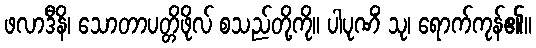
ဖလာဒီနိ၊ သောတာပတ္တိဖိုလ် စသည်တို့ကို။ ပါပုဏိံ သု၊ ရောက်ကုန်၏။